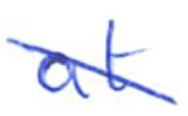
Text: at
Cross-out: mix
Writing tool: ballpoint